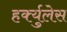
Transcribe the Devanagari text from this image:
हर्क्युलेस